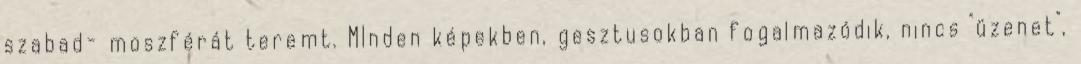
szabad- moszférát teremt. MInden képekben, gesztusokban fogalmazódik, nincs "üzenet",